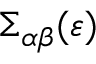
\Sigma _ { \alpha \beta } ( \varepsilon )